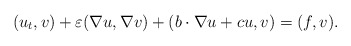
\begin{align*} (u_t,v) +\varepsilon (\nabla u,\nabla v) + (b\cdot\nabla u + cu,v) = (f,v).\end{align*}